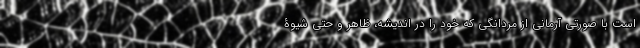
است با صورتی آرمانی از مردانگی که خود را در اندیشه، ظاهر و حتی شیوۀ